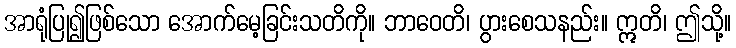
အာရုံပြု၍ဖြစ်သော အောက်မေ့ခြင်းသတိကို။ ဘာဝေတိ၊ ပွားစေသနည်း။ ဣတိ၊ ဤသို့။